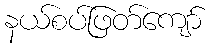
နယ်စပ်ဖြတ်ကျော်